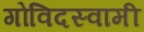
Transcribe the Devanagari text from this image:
गोविदस्वामी